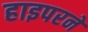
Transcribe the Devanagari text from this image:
हाइपरने